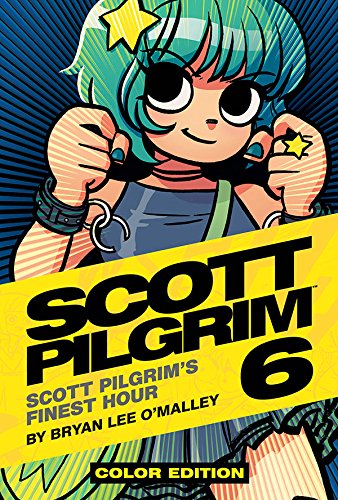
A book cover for Scott Pilgrim Color Hardcover Volume 6: Finest Hour; Bryan Lee O'Malley; Comics & Graphic Novels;